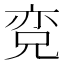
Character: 𱏨